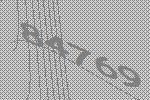
84769